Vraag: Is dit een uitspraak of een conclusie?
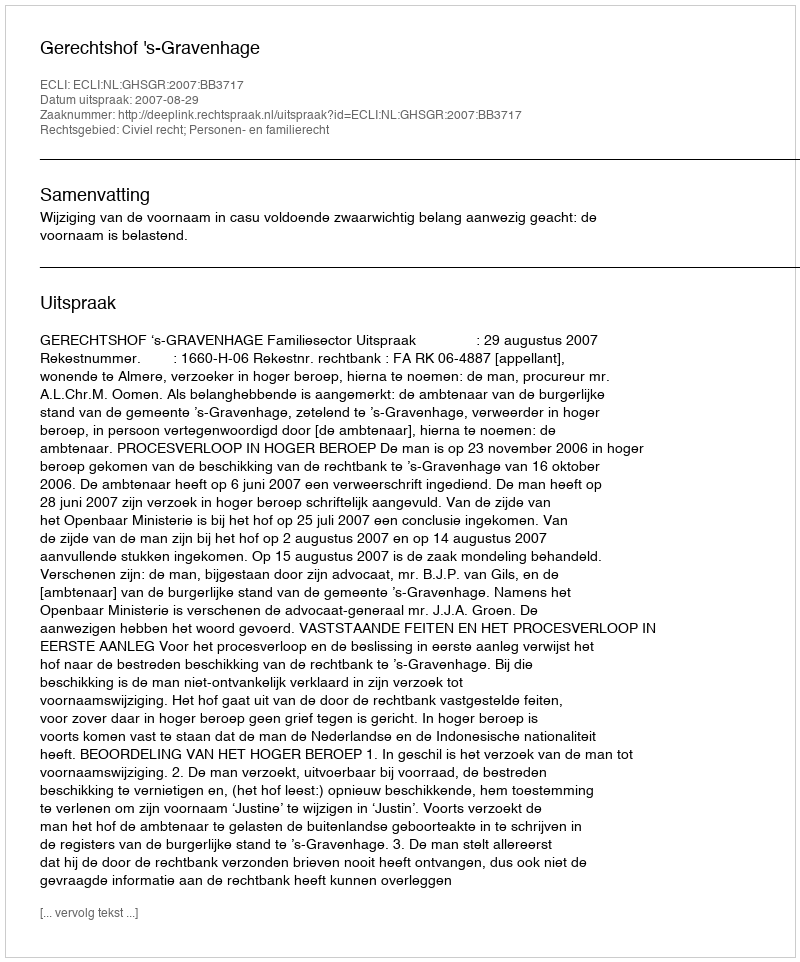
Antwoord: Uitspraak